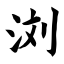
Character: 浏